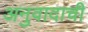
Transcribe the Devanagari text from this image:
अनुवादाची